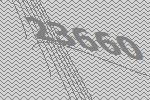
23660